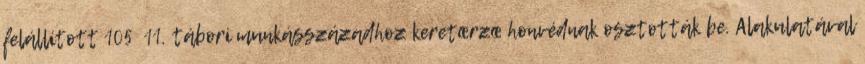
felállított 105 11. tábori munkásszázadhoz keretœrzœ honvédnak osztották be. Alakulatával